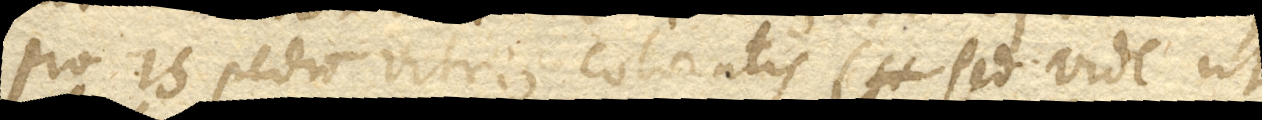
pio 15 pedum vitris coloratis (sed vide ut